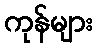
ကုန်များ